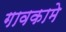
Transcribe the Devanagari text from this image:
गावकामे